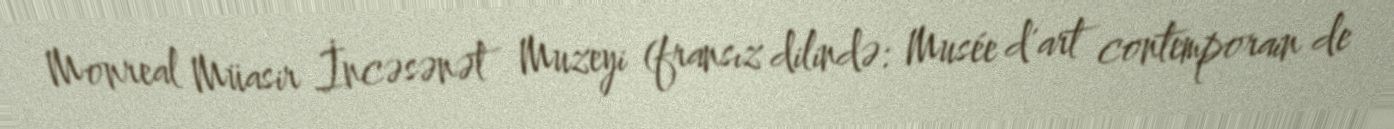
Monreal Müasir İncəsənət Muzeyi (fransız dilində: Musée d'art contemporain de